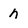
Character: h